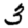
Digit: 3